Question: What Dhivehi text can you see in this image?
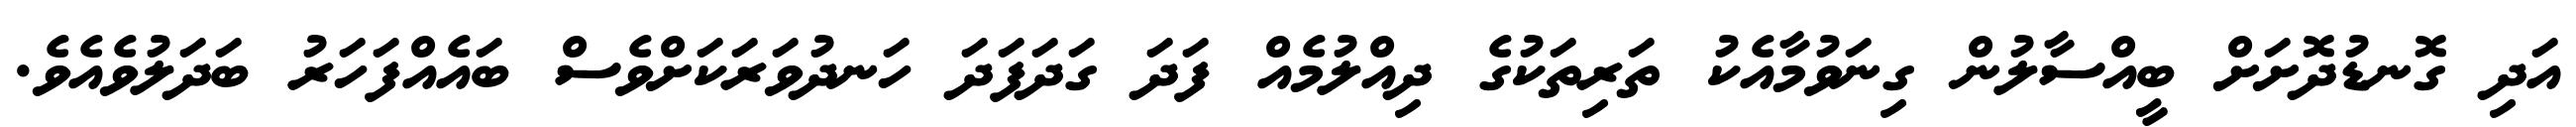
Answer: އަދި ގޮނޑުދޮށަށް ބީއްސާލުން ގިނަވުމާއެކު ތަރިތަކުގެ ދިއްލުމެއް ފަދަ ގަދަފަދަ ހަނދުވަރަކަށްވެސް ބައެއްފަހަރު ބަދަލުވެއެވެ.